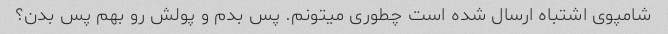
شامپوی اشتباه ارسال شده است چطوری میتونم. پس بدم و پولش رو بهم پس بدن؟